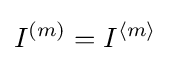
I^{(m)}=I^{\langle m\rangle }